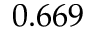
0 . 6 6 9